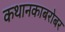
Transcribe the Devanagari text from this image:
कथानकाबरोबर